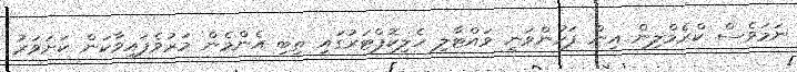
ނަމަވެސް ކްރެމްލިން އިން ފަހުންވަނީ ވައްޓާލި ހެލިކޮޕްޓަރުގައި ތިބި އެންމެން މަރުވެފައިވާކަން ކަށަވަރު